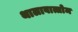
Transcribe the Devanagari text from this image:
थालावात्तोम